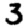
Digit: 3